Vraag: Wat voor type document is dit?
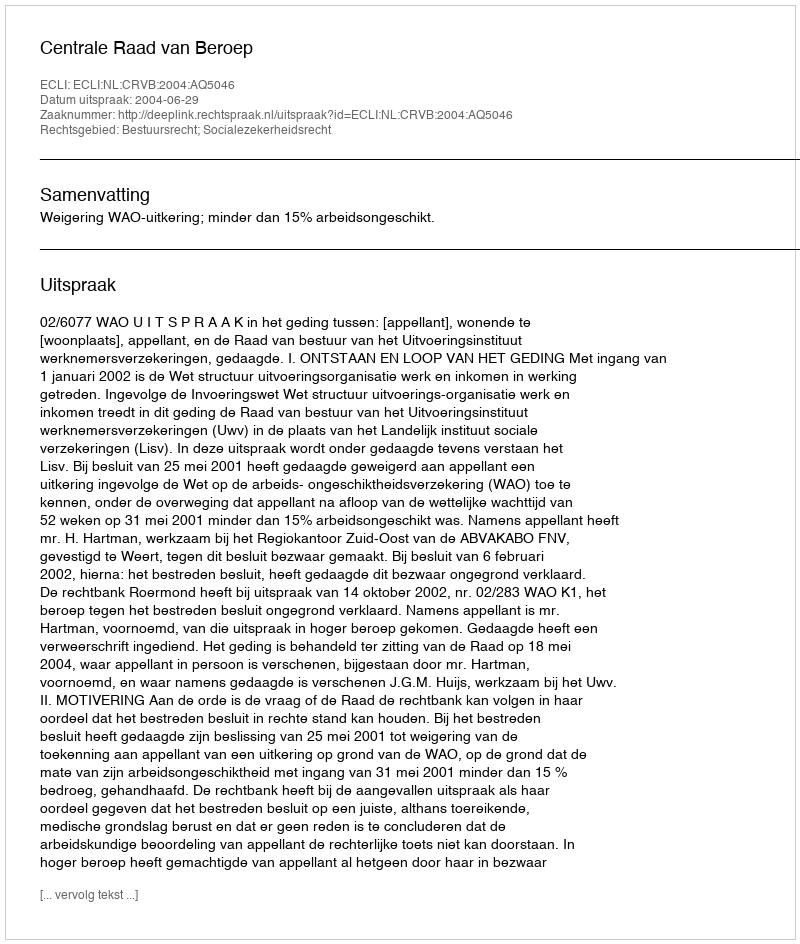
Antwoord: Uitspraak